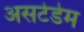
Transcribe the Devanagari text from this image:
असटेडेम